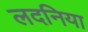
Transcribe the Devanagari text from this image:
लदनिया